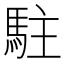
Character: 駐